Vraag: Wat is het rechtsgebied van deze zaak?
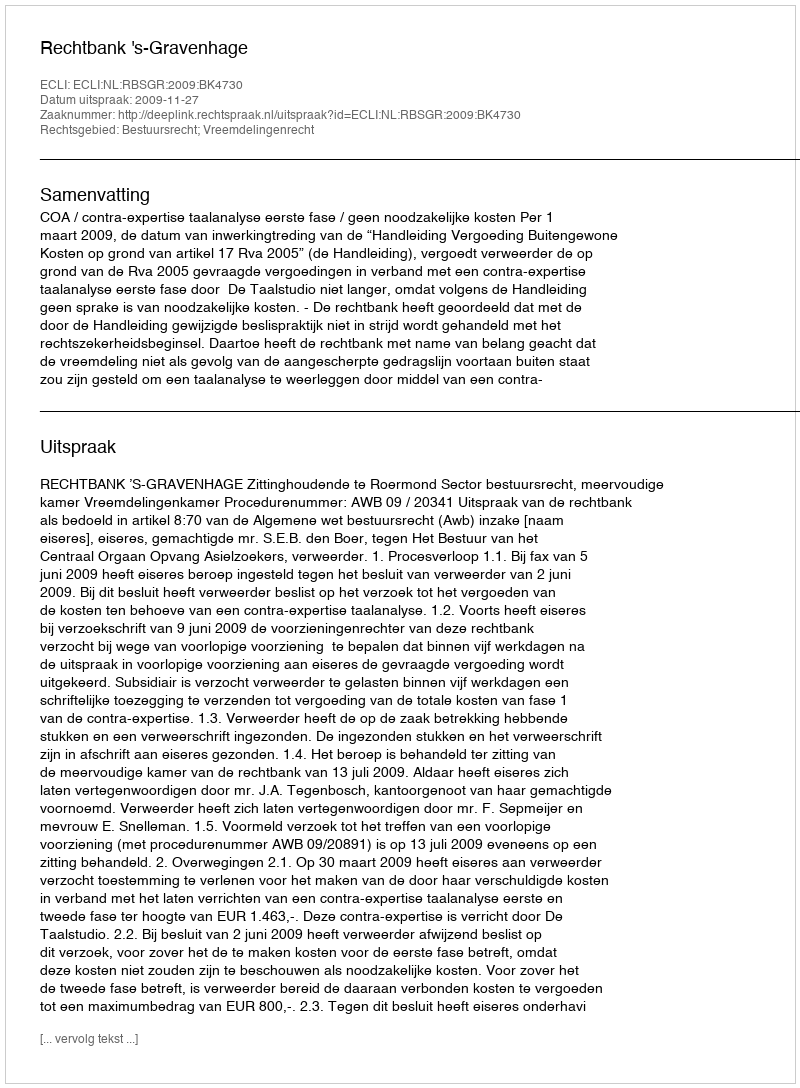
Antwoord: Bestuursrecht; Vreemdelingenrecht